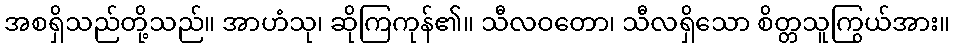
အစရှိသည်တို့သည်။ အာဟံသု၊ ဆိုကြကုန်၏။ သီလဝတော၊ သီလရှိသော စိတ္တသူကြွယ်အား။